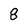
Character: 8